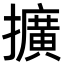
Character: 擴